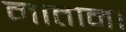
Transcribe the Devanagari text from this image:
नातान।